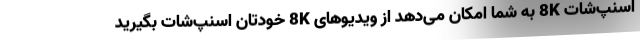
اسنپ‌شات 8K به شما امکان می‌دهد از ویدیوهای 8K خودتان اسنپ‌شات بگیرید